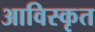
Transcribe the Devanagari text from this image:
आविस्कृत